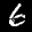
Label: 6